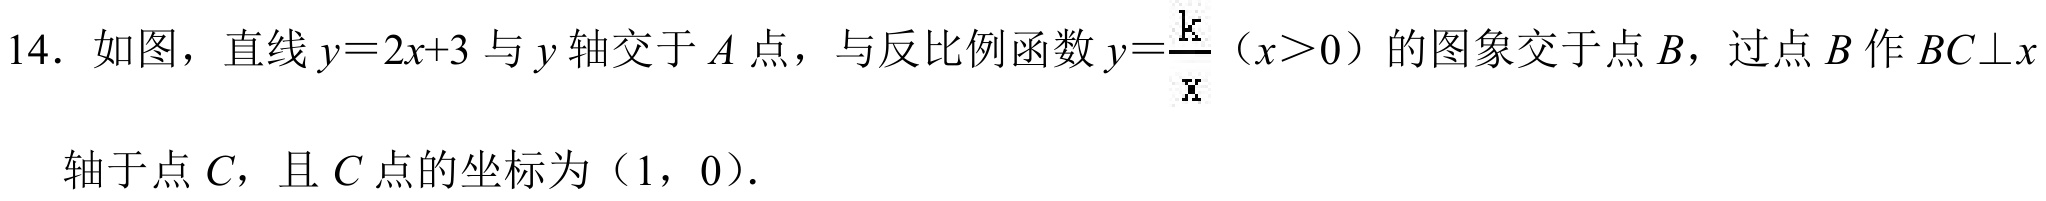
14. 如图，直线\(y = 2x + 3\)与\(y\)轴交于\(A\)点，与反比例函数\(y=\frac{k}{x}\)（\(x>0\)）的图象交于点\(B\)，过点\(B\)作\(BC\perp x\)
轴于点\(C\)，且\(C\)点的坐标为\((1,0)\).